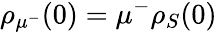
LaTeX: {{\rho}_{{{\mu}^{-}}}}(0)={{\mu}^{-}}{{\rho}_{S}}(0)